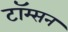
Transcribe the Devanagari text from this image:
टॉम्सन